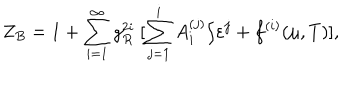
Z _ { B } = 1 + \sum _ { i = 1 } ^ { \infty } g _ { R } ^ { 2 i } \ [ \sum _ { j = 1 } ^ { i } A _ { i } ^ { ( j ) } / \varepsilon ^ { j } + f ^ { ( i ) } ( \mu , T ) ] ,